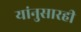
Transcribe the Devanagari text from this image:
यांनुसारही